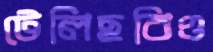
টেলিছবিও